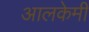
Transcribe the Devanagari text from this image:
आलकेमी